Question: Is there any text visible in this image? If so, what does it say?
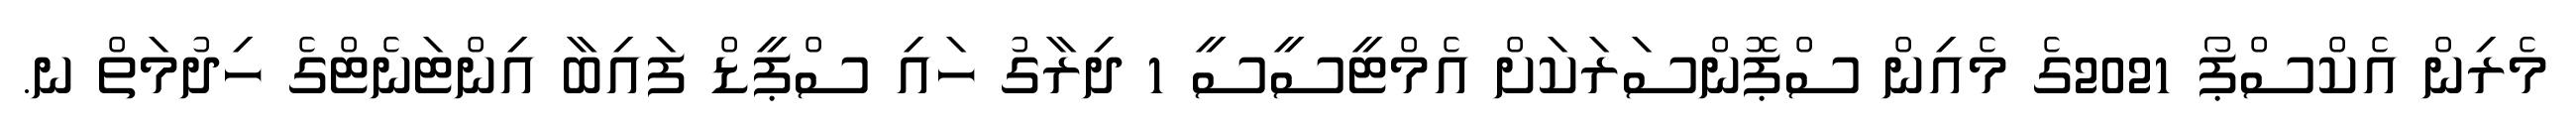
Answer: މެރިން އެކްސްޕޯ 2021ގެ މެއިން ސްޕޮންސަރަކަށް އެމްޓީސީސީ 1 ދިރާގު ހައި ސްޕީޑް ފައިބާ އިންޓަނެޓްގެ ހިދުމަތް ނ.